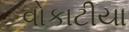
વોકાટીયા